Circular to school boards. Audit of accounts, 1910
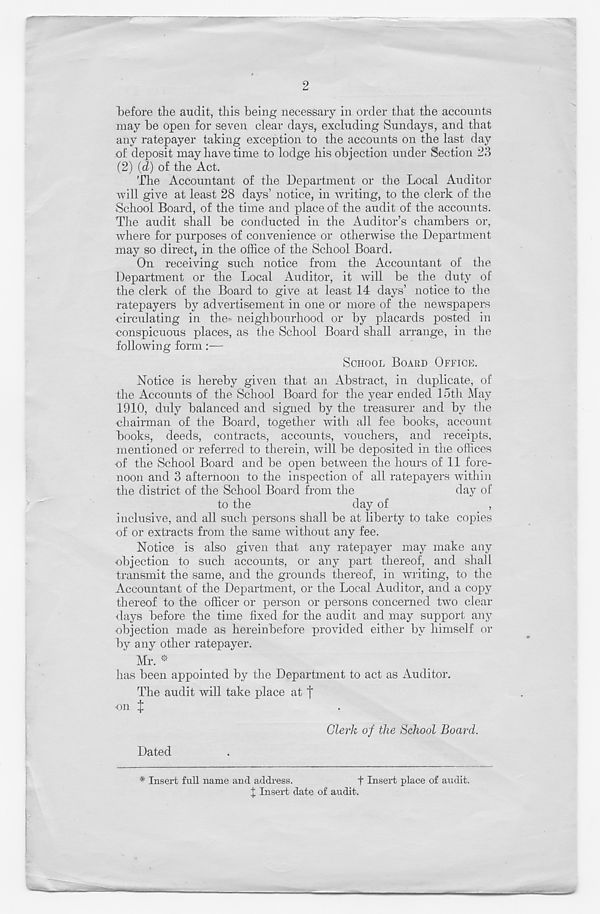
2
before the audit, this being necessary in order that the accounts
may be open for seven clear days, excluding Sundays, and that
any ratepayer taking exception to the accounts on the last day
of deposit may have time to lodge his objection under Section 23
(2) (d) of the Act.
The Accountant of the Department or the Local Auditor
will give at least 28 days’ notice, in writing, to the clerk of the
School Board, of the time and place of the audit of the accounts.
The audit shall be conducted in the Auditor’s chambers or,
where for purposes of convenience or otherwise the Department
may so direct, in the office of the School Board.
On receiving such notice from the Accountant of the
Department or the Local Auditor, it will be the duty of
the clerk of the Board to give at least 14 days’ notice to the
ratepayers by advertisement in one or more of the newspapers
circulating in the~ neighbourhood or by placards posted in
conspicuous places, as the School Board shall arrange, in the
following form:—
SCHOOL BOARD OFFICE.
Notice is hereby given that an Abstract, in duplicate, of
the Accounts of the School Board for the year ended 15th May
1910, duly balanced and signed by the treasurer and by the
chairman of the Board, together with all fee books, account
books, deeds, contracts, accounts, vouchers, and receipts,
mentioned or referred to therein, will be deposited in the offices
•of the School Board and be open between the hours of 11 fore-
noon and 3 afternoon to the inspection of all ratepayers within
the district of the School Board from the
day of
to the
day of
,
inclusive, and all such persons shall be at liberty to take copies
of or extracts from the same without any fee.
Notice is also given that any ratepayer may make any
objection to such accounts, or any part thereof, and shall
transmit the same, and the grounds thereof, in writing, to the
Accountant of the Department, or the Local Auditor, and a copy
thereof to the officer or person or persons concerned two clear
tlays before the time fixed for the audit and may support any
objection made as hereinbefore provided either by himself or
by any other ratepayer.
Mr. *
has been appointed by the Department to act as Auditor.
The audit will take place at |
on J
Clerk of the School Board.
Dated
* Insert full name and address.
f Insert place of audit,
f Insert date of audit.